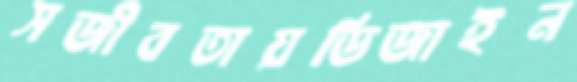
সজীবতায়ডিজাইন